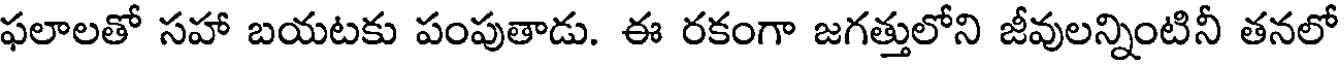
ఫలాలతో సహా బయటకు పంపుతాడు. ఈ రకంగా జగత్తులోని జీవులన్నింటినీ తనలో